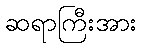
ဆရာကြီးအား